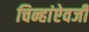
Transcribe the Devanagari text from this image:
चिन्हांऐवजी